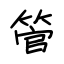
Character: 管